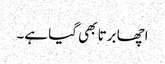
اچھا برتا بھی گیا ہے۔